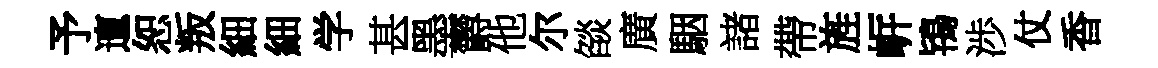
予邅恕叛細細学甚墨欝他尔燄廣駰諸帶旌㟁鴇渉仗香